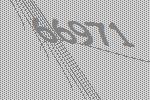
66971